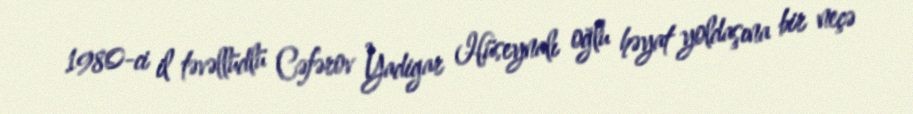
1980-ci il təvəllüdlü Cəfərov Yadigar Hüseynalı oğlu həyat yoldaşına bir neçə